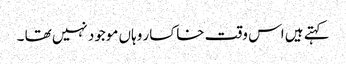
کہتے ہیں اس وقت خاکسار وہاں موجود نہیں تھا ۔